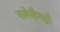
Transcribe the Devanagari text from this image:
एलेसैनड्रो